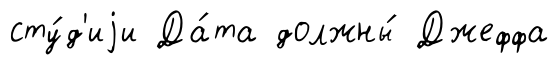
сту́д'иjи Да́та должны́ Джеффа